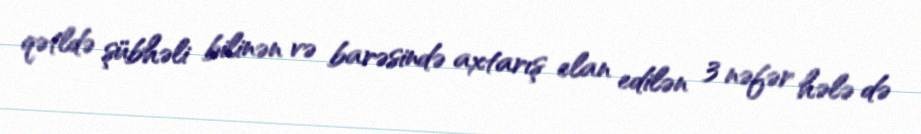
qətldə şübhəli bilinən və barəsində axtarış elan edilən 3 nəfər hələ də